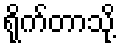
ရိုက်တာသို့